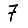
Digit: 7